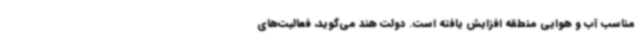
مناسب آب و هوایی منطقه افزایش یافته است. دولت هند می‌گوید، فعالیت‌های